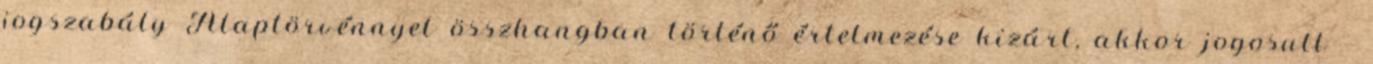
jogszabály Alaptörvénnyel összhangban történő értelmezése kizárt, akkor jogosult –